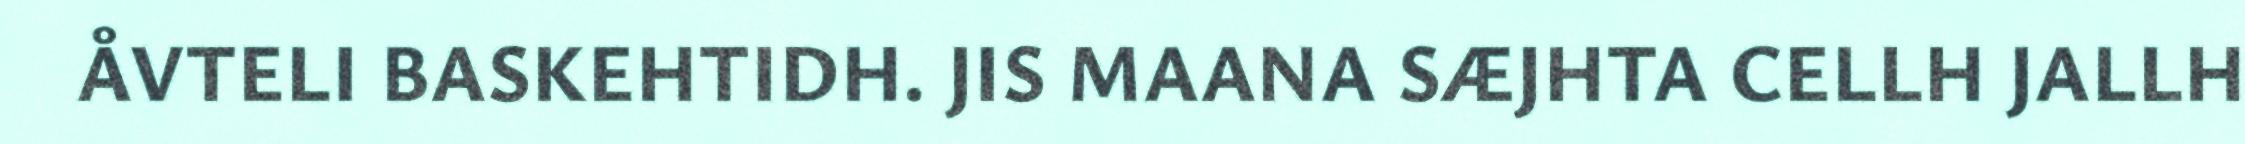
ÅVTELI BASKEHTIDH. JIS MAANA SÆJHTA CELLH JALLH